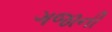
ગજાની